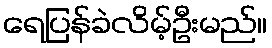
ရေပြန်ခဲလိမ့်ဦးမည်။